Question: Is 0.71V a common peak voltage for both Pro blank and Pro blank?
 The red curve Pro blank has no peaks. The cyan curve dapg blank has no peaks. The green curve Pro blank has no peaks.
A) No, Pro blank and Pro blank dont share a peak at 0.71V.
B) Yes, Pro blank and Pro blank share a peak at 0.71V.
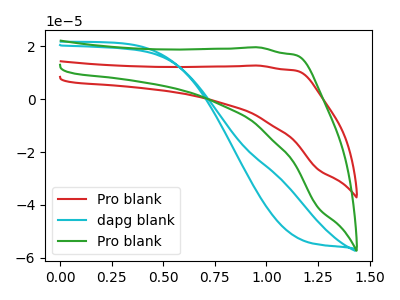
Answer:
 <answer>A) No, "Pro blank" and "Pro blank" dont share a peak at 0.71V.</answer>
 <eval>A</eval>